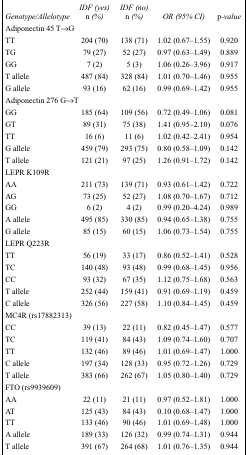
<table><thead><tr><td><b><i>Genotype/Allelotype</i></b></td><td><b><i>IDF (yes) n (%)</i></b></td><td><b><i>IDF (no) n (%)</i></b></td><td><b><i>OR (95% CI)</i></b></td><td><b>p<i>-value</i></b></td></tr></thead><tbody><tr><td colspan="5">Adiponectin 45 T→G</td></tr><tr><td>TT</td><td>204 (70)</td><td>138 (71)</td><td>1.02 (0.67–1.55)</td><td>0.920</td></tr><tr><td>TG</td><td>79 (27)</td><td>52 (27)</td><td>0.97 (0.63–1.49)</td><td>0.889</td></tr><tr><td>GG</td><td>7 (2)</td><td>5 (3)</td><td>1.06 (0.26–3.96)</td><td>0.917</td></tr><tr><td>T allele</td><td>487 (84)</td><td>328 (84)</td><td>1.01 (0.70–1.46)</td><td>0.955</td></tr><tr><td>G allele</td><td>93 (16)</td><td>62 (16)</td><td>0.99 (0.69–1.42)</td><td>0.955</td></tr><tr><td colspan="5">Adiponectin 276 G→T</td></tr><tr><td>GG</td><td>185 (64)</td><td>109 (56)</td><td>0.72 (0.49–1.06)</td><td>0.081</td></tr><tr><td>GT</td><td>89 (31)</td><td>75 (38)</td><td>1.41 (0.95–2.10)</td><td>0.076</td></tr><tr><td>TT</td><td>16 (6)</td><td>11 (6)</td><td>1.02 (0.42–2.41)</td><td>0.954</td></tr><tr><td>G allele</td><td>459 (79)</td><td>293 (75)</td><td>0.80 (0.58–1.09)</td><td>0.142</td></tr><tr><td>T allele</td><td>121 (21)</td><td>97 (25)</td><td>1.26 (0.91–1.72)</td><td>0.142</td></tr><tr><td colspan="5">LEPR K109R</td></tr><tr><td>AA</td><td>211 (73)</td><td>139 (71)</td><td>0.93 (0.61–1.42)</td><td>0.722</td></tr><tr><td>AG</td><td>73 (25)</td><td>52 (27)</td><td>1.08 (0.70–1.67)</td><td>0.712</td></tr><tr><td>GG</td><td>6 (2)</td><td>4 (2)</td><td>0.99 (0.20–4.24)</td><td>0.989</td></tr><tr><td>A allele</td><td>495 (85)</td><td>330 (85)</td><td>0.94 (0.65–1.38)</td><td>0.755</td></tr><tr><td>G allele</td><td>85 (15)</td><td>60 (15)</td><td>1.06 (0.73–1.54)</td><td>0.755</td></tr><tr><td colspan="5">LEPR Q223R</td></tr><tr><td>TT</td><td>56 (19)</td><td>33 (17)</td><td>0.86 (0.52–1.41)</td><td>0.528</td></tr><tr><td>TC</td><td>140 (48)</td><td>93 (48)</td><td>0.99 (0.68–1.45)</td><td>0.956</td></tr><tr><td>CC</td><td>93 (32)</td><td>67 (35)</td><td>1.12 (0.75–1.68)</td><td>0.563</td></tr><tr><td>T allele</td><td>252 (44)</td><td>159 (41)</td><td>0.91 (0.69–1.19)</td><td>0.459</td></tr><tr><td>C allele</td><td>326 (56)</td><td>227 (58)</td><td>1.10 (0.84–1.45)</td><td>0.459</td></tr><tr><td colspan="5">MC4R (rs17882313)</td></tr><tr><td>CC</td><td>39 (13)</td><td>22 (11)</td><td>0.82 (0.45–1.47)</td><td>0.577</td></tr><tr><td>TC</td><td>119 (41)</td><td>84 (43)</td><td>1.09 (0.74–1.60)</td><td>0.707</td></tr><tr><td>TT</td><td>132 (46)</td><td>89 (46)</td><td>1.01 (0.69–1.47)</td><td>1.000</td></tr><tr><td>C allele</td><td>197 (34)</td><td>128 (33)</td><td>0.95 (0.72–1.26)</td><td>0.729</td></tr><tr><td>T allele</td><td>383 (66)</td><td>262 (67)</td><td>1.05 (0.80–1.40)</td><td>0.729</td></tr><tr><td colspan="5">FTO (rs9939609)</td></tr><tr><td>AA</td><td>22 (11)</td><td>21 (11)</td><td>0.97 (0.52–1.81)</td><td>1.000</td></tr><tr><td>AT</td><td>125 (43)</td><td>84 (43)</td><td>0.10 (0.68–1.47)</td><td>1.000</td></tr><tr><td>TT</td><td>133 (46)</td><td>90 (46)</td><td>1.01 (0.69–1.48)</td><td>1.000</td></tr><tr><td>A allele</td><td>189 (33)</td><td>126 (32)</td><td>0.99 (0.74–1.31)</td><td>0.944</td></tr><tr><td>T allele</td><td>391 (67)</td><td>264 (68)</td><td>1.01 (0.76–1.35)</td><td>0.944</td></tr></tbody></table>